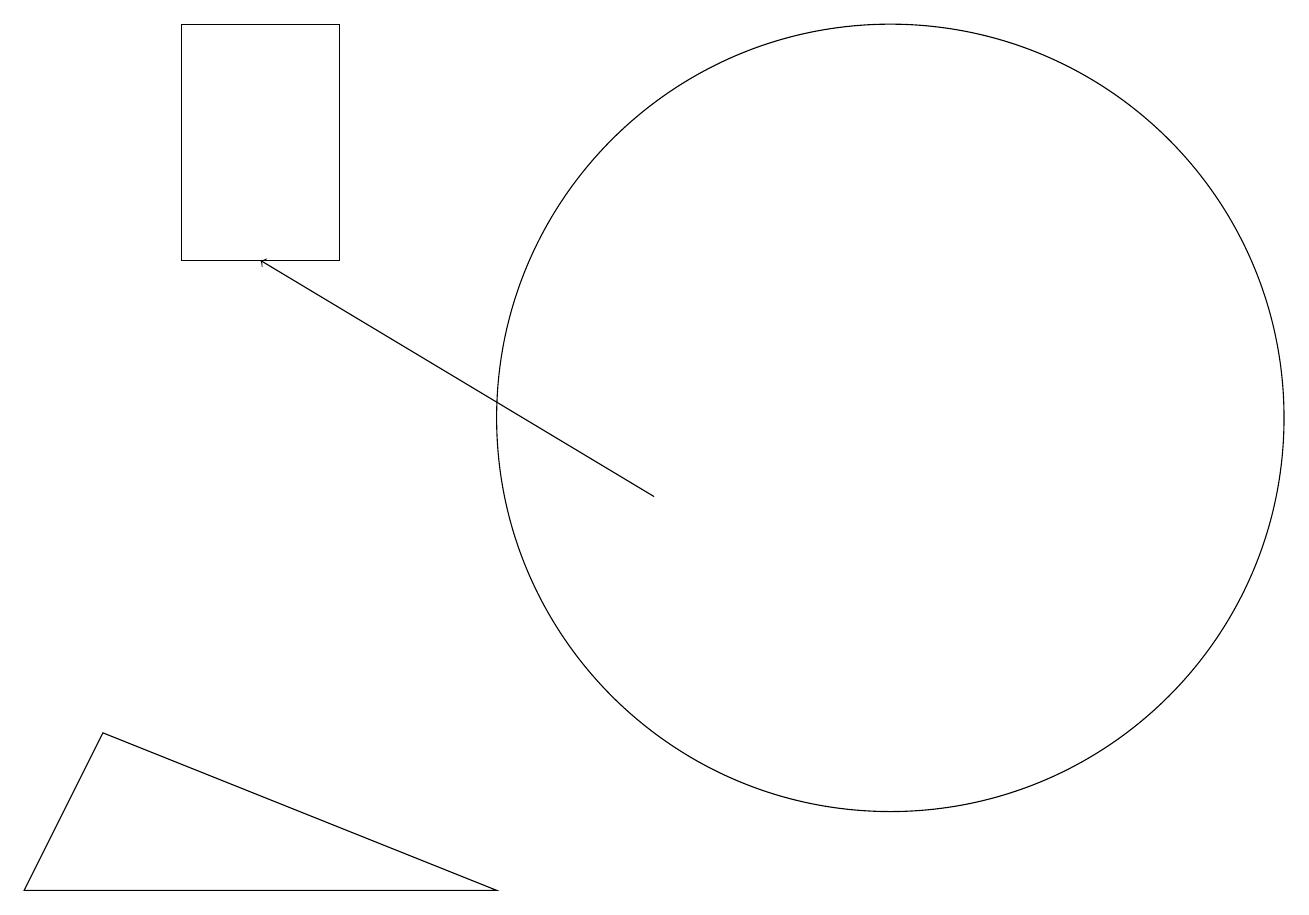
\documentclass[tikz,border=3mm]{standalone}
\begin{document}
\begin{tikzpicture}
\draw (12,11) circle (5);
\draw[->] (9,10) -- (4,13);
\draw (3,13) rectangle (5,16);
\draw (1,5) -- (7,5) -- (2,7) -- cycle;
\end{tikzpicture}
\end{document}